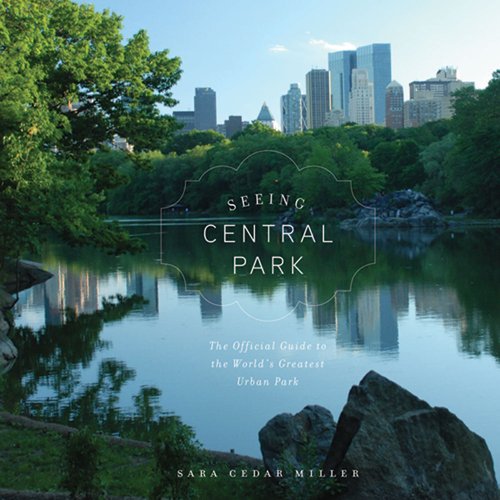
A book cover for Seeing Central Park: An Official Guide to the World's Greatest Urban Park; Sara Cedar Miller; Travel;